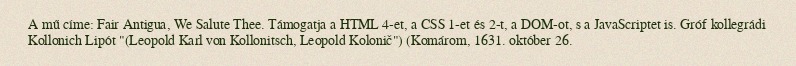
A mű címe: Fair Antigua, We Salute Thee. Támogatja a HTML 4-et, a CSS 1-et és 2-t, a DOM-ot, s a JavaScriptet is. Gróf kollegrádi Kollonich Lipót "(Leopold Karl von Kollonitsch, Leopold Kolonič") (Komárom, 1631. október 26.